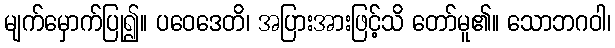
မျက်မှောက်ပြု၍။ ပဝေဒေတိ၊ အပြားအားဖြင့်သိ တော်မူ၏။ သောဘဂဝါ၊